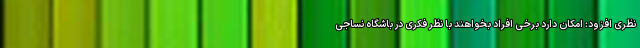
نظری افزود: امکان دارد برخی افراد بخواهند با نظر فکری در باشگاه نساجی